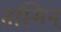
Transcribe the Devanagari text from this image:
तस्मिन्‌